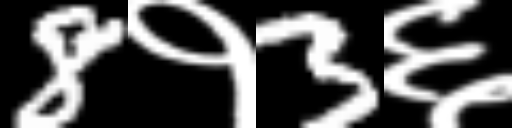
Text: 8१3६